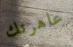
عاهرتك